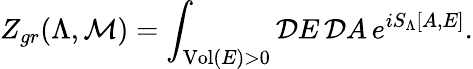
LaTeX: Z_{gr}(\Lambda,{\cal M})=\int_{\mathrm{Vol}(E)>0}{\cal D}E\, {\cal D}A\, e^{iS_{\Lambda}[A,E]}.